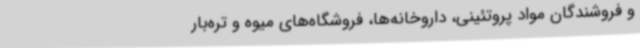
و فروشندگان مواد پروتئینی، داروخانه‌ها، فروشگاه‌های میوه و تره‌بار